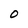
Character: O